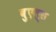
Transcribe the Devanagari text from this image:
बुएल्स